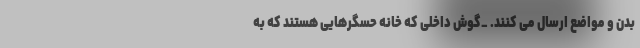
بدن و مواضع ارسال می کنند. _گوش داخلی که خانه حسگرهایی هستند که به